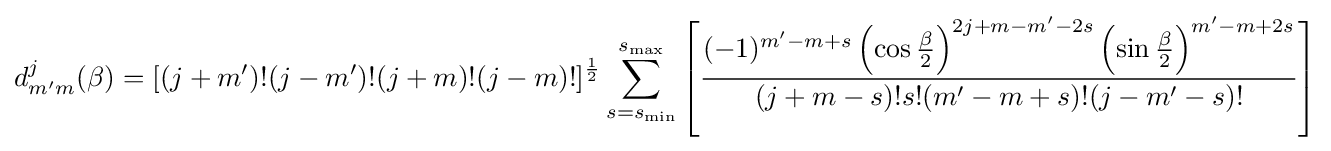
d_{m'm}^{j}(\beta )=[(j+m')!(j-m')!(j+m)!(j-m)!]^{\frac {1}{2}}\sum _{s=s_{\mathrm {min} }}^{s_{\mathrm {max} }}\left[{\frac {(-1)^{m'-m+s}\left(\cos {\frac {\beta }{2}}\right)^{2j+m-m'-2s}\left(\sin {\frac {\beta }{2}}\right)^{m'-m+2s}}{(j+m-s)!s!(m'-m+s)!(j-m'-s)!}}\right]